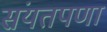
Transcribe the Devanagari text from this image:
संयतपणा